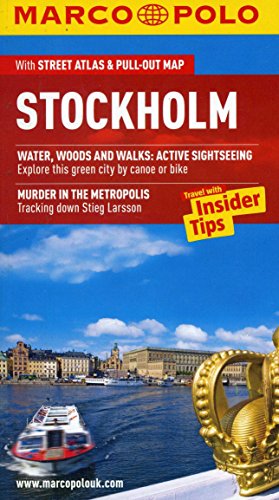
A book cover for Stockholm Marco Polo Guide (Marco Polo Guides); Marco Polo Travel; Travel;